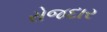
રોજદાર